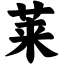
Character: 莱